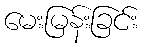
မေးမြန်းခြင်း